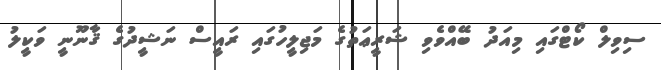
ސިވިލް ކޯޓްގައި މިއަދު ބޭއްވެވި ޝަރީޢަތުގެ މަޖިލީހުގައި ރައީސް ނަޝީދުގެ ޤާނޫނީ ވަކީލު